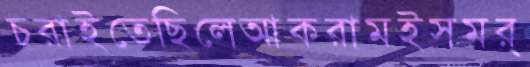
চরাইতেছিলেআকরামইসমর্